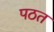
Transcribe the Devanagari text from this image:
पठत